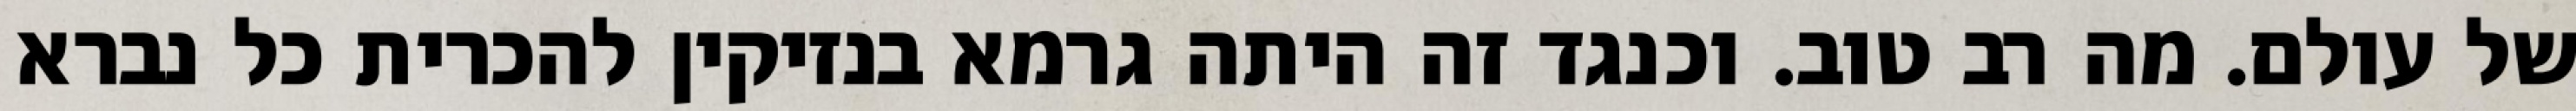
של עולם. מה רב טוב. וכנגד זה היתה גרמא בנזיקין להכרית כל נברא